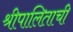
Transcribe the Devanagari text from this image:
श्रीपालिताची